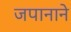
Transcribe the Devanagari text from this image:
जपानाने